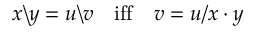
x \backslash y = u \backslash v \quad { \mathrm { i f f } } \quad v = u / x \cdot y